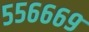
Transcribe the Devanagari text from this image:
५५६६६९